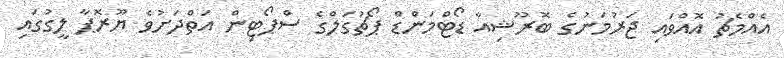
އެއްމެޗު އޮއްވައި ޖަރުމަނުގެ ބޮރޫޝިއާ ޑޯޓްމަންޑް ޕޯޗުގަލްގެ ސްޕޯޓިން އަތްދަށުވެ ޔޫރޮޕާ ލީގުގައި